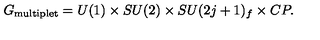
G _ { \mathrm { \tiny m u l t i p l e t } } = U ( 1 ) \times S U ( 2 ) \times S U ( 2 j + 1 ) _ { f } \times C P .